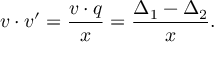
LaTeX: v \cdot v ^ { \prime } = \frac { v \cdot q } { x } = \frac { \Delta _ { 1 } - \Delta _ { 2 } } { x } .